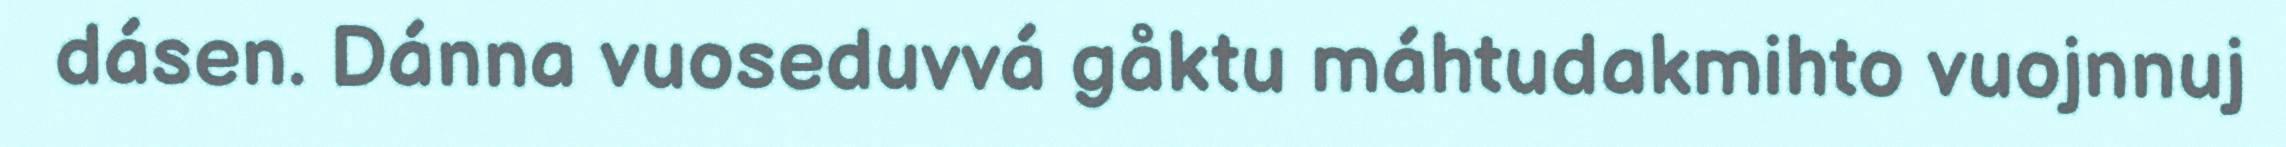
dásen. Dánna vuoseduvvá gåktu máhtudakmihto vuojnnuj